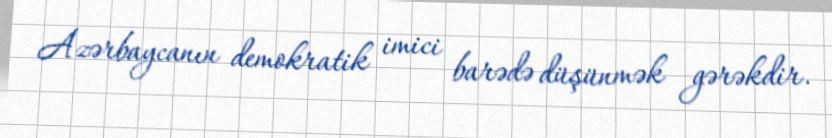
Azərbaycanın demokratik imici barədə düşünmək gərəkdir.